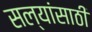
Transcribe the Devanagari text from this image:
सल्यांसाठी